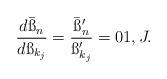
LaTeX: \begin{align*}\frac{d\bar{\ss}_n}{d\ss_{k_j}}=\frac{\bar{\ss}'_n}{\ss'_{k_j}}=01,J.\end{align*}